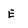
Character: E